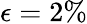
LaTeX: \epsilon=2\%